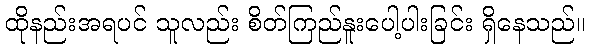
ထိုနည်းအရပင် သူလည်း စိတ်ကြည်နူးပေါ့ပါးခြင်း ရှိနေသည်။